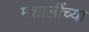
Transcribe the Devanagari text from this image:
मशालींच्या